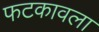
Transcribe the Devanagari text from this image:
फटकावला